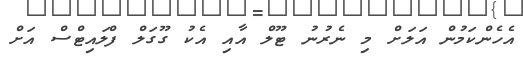
އެހެންކަމުން އަލަށް މި ނެރުނު ޓޫލް އާއި އެކު ގޫގަލް ފްލައިޓްސް އަށް